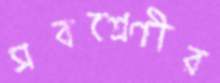
সবশ্রেণীর